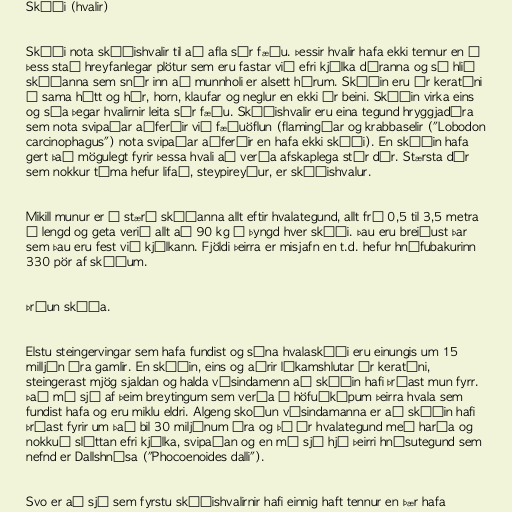
Skíði (hvalir)

Skíði nota skíðishvalir til að afla sér fæðu. Þessir hvalir hafa ekki tennur en í
þess stað hreyfanlegar plötur sem eru fastar við efri kjálka dýranna og sú hlið
skíðanna sem snýr inn að munnholi er alsett hárum. Skíðin eru úr keratíni
á sama hátt og hár, horn, klaufar og neglur en ekki úr beini. Skíðin virka eins
og sía þegar hvalirnir leita sér fæðu. Skíðishvalir eru eina tegund hryggjadýra
sem nota svipaðar aðferðir við fæðuöflun (flamingóar og krabbaselir ("Lobodon
carcinophagus") nota svipaðar aðferðir en hafa ekki skíði). En skíðin hafa
gert það mögulegt fyrir þessa hvali að verða afskaplega stór dýr. Stærsta dýr
sem nokkur tíma hefur lifað, steypireyður, er skíðishvalur.

Mikill munur er á stærð skíðanna allt eftir hvalategund, allt frá 0,5 til 3,5 metra
á lengd og geta verið allt að 90 kg á þyngd hver skíði. Þau eru breiðust þar
sem þau eru fest við kjálkann. Fjöldi þeirra er misjafn en t.d. hefur hnúfubakurinn
330 pör af skíðum.

Þróun skíða.

Elstu steingervingar sem hafa fundist og sýna hvalaskíði eru einungis um 15
milljón ára gamlir. En skíðin, eins og aðrir líkamshlutar úr keratíni,
steingerast mjög sjaldan og halda vísindamenn að skíðin hafi þróast mun fyrr.
Það má sjá af þeim breytingum sem verða á höfuðkúpum þeirra hvala sem
fundist hafa og eru miklu eldri. Algeng skoðun vísindamanna er að skíðin hafi
þróast fyrir um það bil 30 miljónum ára og þá úr hvalategund með harða og
nokkuð sléttan efri kjálka, svipaðan og en má sjá hjá þeirri hnísutegund sem
nefnd er Dallshnísa ("Phocoenoides dalli").

Svo er að sjá sem fyrstu skíðishvalirnir hafi einnig haft tennur en þær hafa